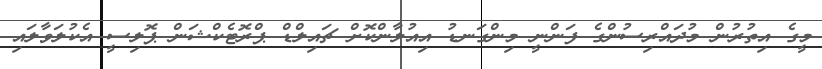
މީގެ އިތުރުން މުދައްރިސުންގެ ފަންނީ މިންގަނޑު އިއުލާންކޮށް ޗައިލްޑް ޕްރޮޓެކްޝަން ޕޮލިސީ އެކުލަވާލައި